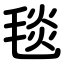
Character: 毯